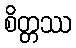
စိတ္တဿ